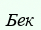
Бек